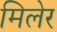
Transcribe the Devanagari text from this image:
मिलेर